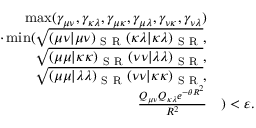
\begin{array} { r l } { \operatorname* { m a x } ( \gamma _ { \mu \nu } , \gamma _ { \kappa \lambda } , \gamma _ { \mu \kappa } , \gamma _ { \mu \lambda } , \gamma _ { \nu \kappa } , \gamma _ { \nu \lambda } ) } & { { } } \\ { \cdot \operatorname* { m i n } ( \sqrt { ( \mu \nu | \mu \nu ) _ { \mathrm { ~ S ~ R ~ } } ( \kappa \lambda | \kappa \lambda ) _ { \mathrm { ~ S ~ R ~ } } } , } & { { } } \\ { \sqrt { ( \mu \mu | \kappa \kappa ) _ { \mathrm { ~ S ~ R ~ } } ( \nu \nu | \lambda \lambda ) _ { \mathrm { ~ S ~ R ~ } } } , } & { { } } \\ { \sqrt { ( \mu \mu | \lambda \lambda ) _ { \mathrm { ~ S ~ R ~ } } ( \nu \nu | \kappa \kappa ) _ { \mathrm { ~ S ~ R ~ } } } , } & { { } } \\ { \frac { Q _ { \mu \nu } Q _ { \kappa \lambda } e ^ { - \theta R ^ { 2 } } } { R ^ { 2 } } } & { { } ) < \varepsilon . } \end{array}